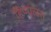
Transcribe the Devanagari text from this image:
हिप्पालस